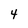
Character: 4